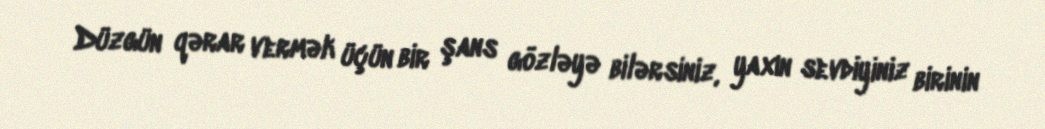
Düzgün qərar vermək üçün bir şans gözləyə bilərsiniz, yaxın sevdiyiniz birinin